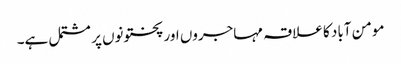
مومن آباد کا علاقہ مہاجروں اور پختونوں پر مشتمل ہے۔